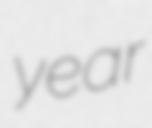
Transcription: year